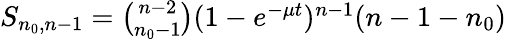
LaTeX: \begin{array}{r}{S_{n_{0},n-1}={\binom{n-2}{n_{0}-1}}(1-e^{-\mu t})^{n-1}(n-1-n_{0})}\end{array}